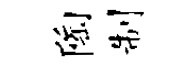
陶制